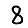
Digit: 8